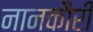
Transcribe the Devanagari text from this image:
नानकौरी